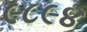
૯૮૯૪